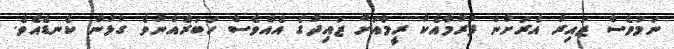
ނަމަވެސް ޒައިރު އެރަށުން ފުރުމާއެކު ރީމާއަށް ޒައިދުގެ އެއްވެސް ހަބަރެއްނުވެ ގުޅުން ކެނޑެއެވެ.